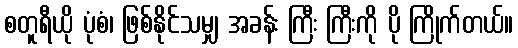
စတူရီယို ပုံစံ၊ ဖြစ်နိုင်သမျှ အခန်း ကြီး ကြီးကို ပို ကြိုက်တယ်။